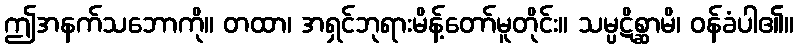
ဤအနက်သဘောကို။ တထာ၊ အရှင်ဘုရားမိန့်တော်မူတိုင်း။ သမ္ပဋိစ္ဆာမိ၊ ဝန်ခံပါ၏။